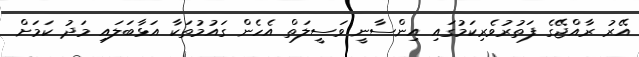
އޭރު ރާއްޖޭގެ ފަތުރުވެރިކަމުގައި އިންސާނީ ވަސީލަތް އެހެން ގައުމުތަކާ އަޅާބަލައި މަދު ކަމަށް